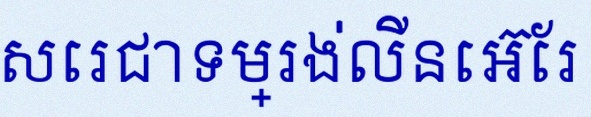
សរសេរជាទម្រង់លីនេអ៊ែរ